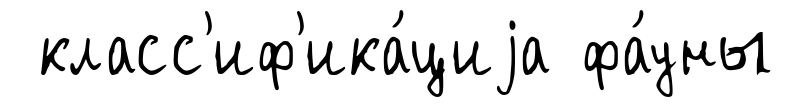
класс'иф'ика́циjа фа́уны